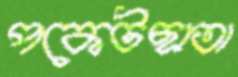
পকেটছাতা